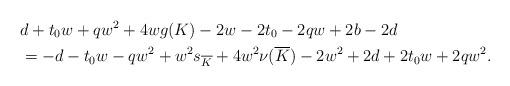
LaTeX: \begin{align*}&d + t_0 w +q w^2 + 4 w g(K) - 2 w - 2 t_0 - 2 q w +2b - 2d \\&= -d - t_0 w - qw^2 + w^2 s_{\overline{K}} +4 w^2 \nu(\overline{K}) - 2 w^2 + 2 d + 2 t_0 w + 2 q w^2.\end{align*}